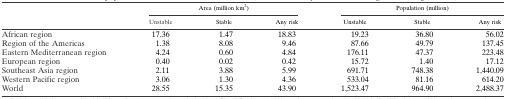
<table><thead><tr><td rowspan="2"></td><td colspan="3"><b>Area (million km<sup>2</sup>)</b></td><td colspan="3"><b>Population (million)</b></td></tr><tr><td><b>Unstable</b></td><td><b>Stable</b></td><td><b>Any risk</b></td><td><b>Unstable</b></td><td><b>Stable</b></td><td><b>Any risk</b></td></tr></thead><tbody><tr><td>African region</td><td>17.36</td><td>1.47</td><td>18.83</td><td>19.23</td><td>36.80</td><td>56.02</td></tr><tr><td>Region of the Americas</td><td>1.38</td><td>8.08</td><td>9.46</td><td>87.66</td><td>49.79</td><td>137.45</td></tr><tr><td>Eastern Mediterranean region</td><td>4.24</td><td>0.60</td><td>4.84</td><td>176.11</td><td>47.37</td><td>223.48</td></tr><tr><td>European region</td><td>0.40</td><td>0.02</td><td>0.42</td><td>15.72</td><td>1.40</td><td>17.12</td></tr><tr><td>Southeast Asia region</td><td>2.11</td><td>3.88</td><td>5.99</td><td>691.71</td><td>748.38</td><td>1,440.09</td></tr><tr><td>Western Pacific region</td><td>3.06</td><td>1.30</td><td>4.36</td><td>533.04</td><td>81.16</td><td>614.20</td></tr><tr><td>World</td><td>28.55</td><td>15.35</td><td>43.90</td><td>1,523.47</td><td>964.90</td><td>2,488.37</td></tr></tbody></table>